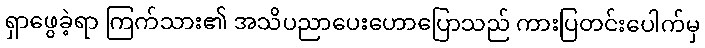
ရှာဖွေခဲ့ရာ ကြက်သား၏ အသိပညာပေးဟောပြောသည် ကားပြတင်းပေါက်မှ